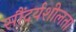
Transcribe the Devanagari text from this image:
सौंदर्यशीलता